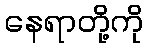
နေရာတို့ကို